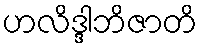
ဟလိဒ္ဒါဘိဇာတိ